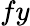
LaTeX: fy